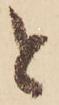
と